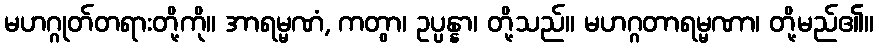
မဟဂ္ဂုတ်တရားတို့ကို။ အာရမ္မဏံ, ကတွာ၊ ဥပ္ပန္နာ၊ တို့သည်။ မဟဂ္ဂတာရမ္မဏာ၊ တို့မည်၏။